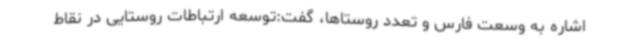
اشاره به وسعت فارس و تعدد روستاها، گفت:توسعه ارتباطات روستایی در نقاط